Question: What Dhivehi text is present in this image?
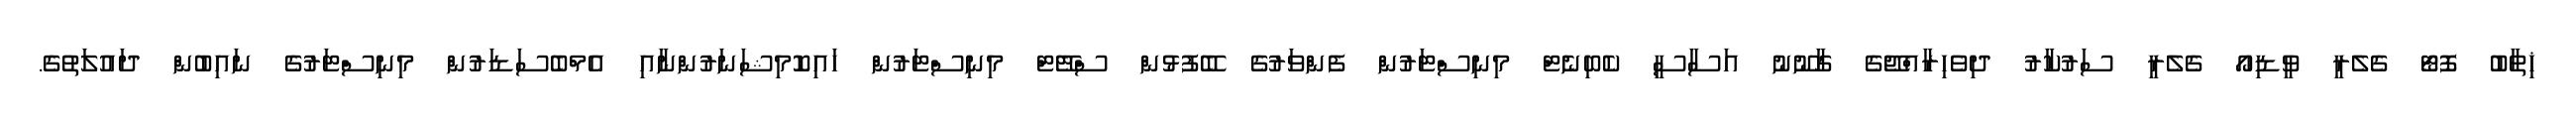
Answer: ޚިތާބު ފޮޓޯ ގެލެރީ ވީޑިއޯ ގެލެރީ ސަރުކާރު ދިވެހިރާއްޖޭގެ ގާނޫނު އަސާސީ ކެބިނެޓް މިނިސްޓަރުން ފެންވަރުގެ ބޭފުޅުން ސްޓޭޓް މިނިސްޓަރުން ހައިކޮމިޝަނަރުންނާއި އެމްބެސަޑަރުން މިނިސްޓަރުގެ ނައިބުން ދައުލަތުގެ.